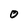
Character: O